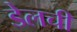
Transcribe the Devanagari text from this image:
डेलची